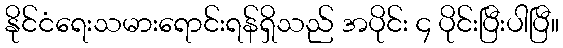
နိုင်ငံရေးသမားရောင်းရန်ရှိသည် အပိုင်း ၄ ပိုင်းပြီးပါပြီ။